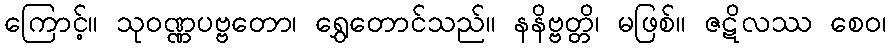
ကြောင့်။ သုဝဏ္ဏပဗ္ဗတော၊ ရွှေတောင်သည်။ နနိဗ္ဗတ္တိ၊ မဖြစ်။ ဇဋိလဿ စေဝ၊